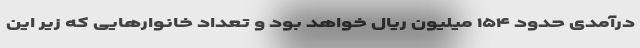
درآمدی حدود ۱۵۴ میلیون ریال خواهد بود و تعداد خانوارهایی که زیر این